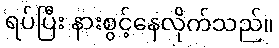
ရပ်ပြီး နားစွင့်နေလိုက်သည်။